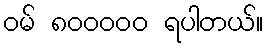
ဝမ် ၈၀၀၀၀၀ ရပါတယ်။